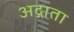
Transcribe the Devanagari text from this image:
अद्गाता